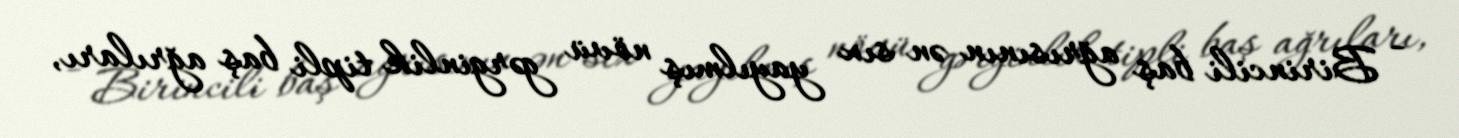
- Birincili baş ağrısının ən sıx yayılmış növü gərginlik tipli baş ağrıları,